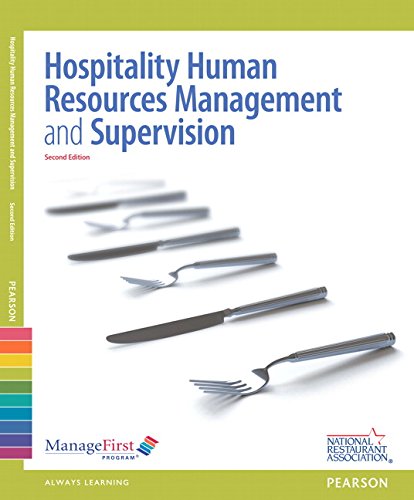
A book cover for ManageFirst: Hospitality Human Resources Management & Supervision with Answer Sheet (2nd Edition); National Restaurant Association; Business & Money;